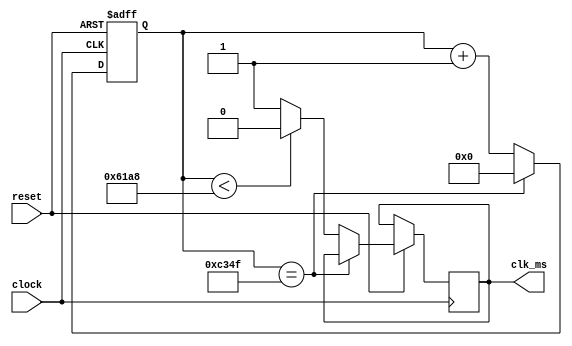
module clock_divider (input clock, reset, output reg clk_ms);

	parameter factor=50000;
	reg [31:0] countQ;
	
	always @ (negedge clock, negedge reset) begin
	
		if (!reset) begin
			countQ <= 32'b0;
		end else if (countQ==factor-1) begin
			countQ <= 32'b0;
			
		end else begin
			
			if (countQ<factor/2) begin
				clk_ms <= 1'b0;
				
			end else begin
				clk_ms <= 1'b1;
			end 
			countQ <= countQ + 32'b1;
		end
	end
endmodule